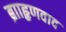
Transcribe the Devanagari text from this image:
ब्रााहृणवाद